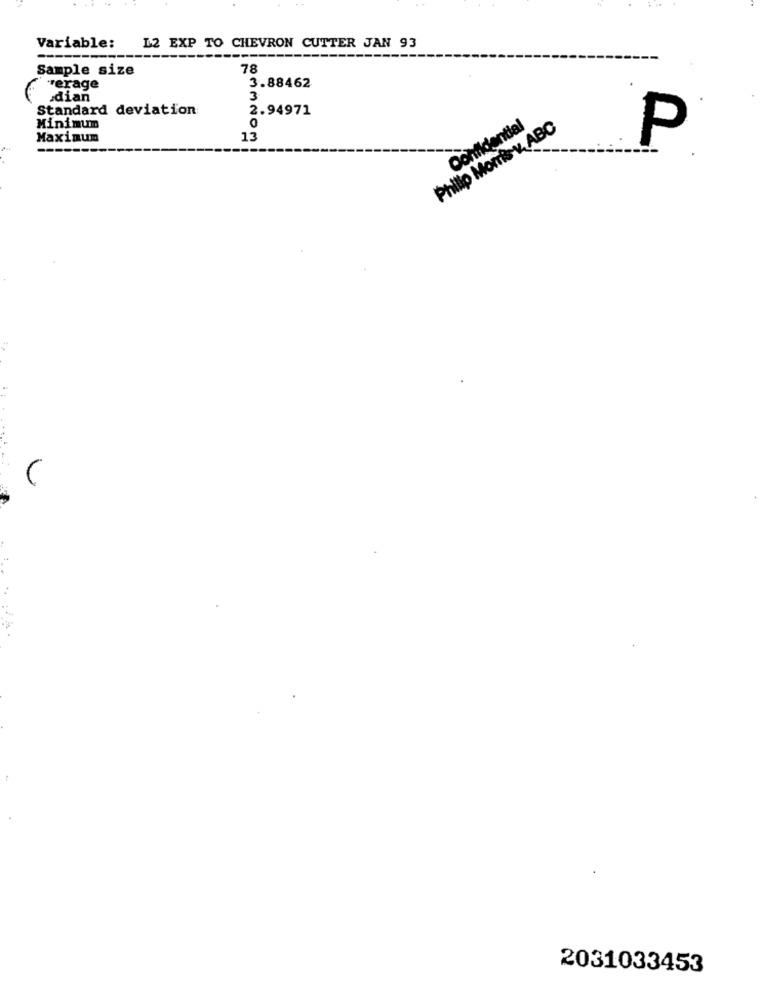
Variable: L2 EXP TO CHEVRON CUTTER JAN 93
Sample size
78
verage
3.88462
dian
3
Standard deviation
2.94971
Minimum
Philip Morris v. ABC
Confidential
Maximum
13
P
2031033453